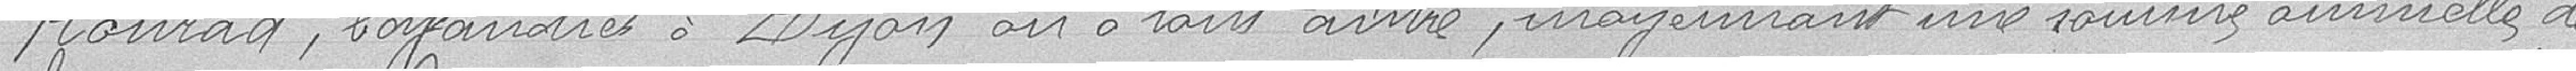
Konrad, boyandier à Dijon ou tout autre, moyennant une somme annuelle de